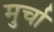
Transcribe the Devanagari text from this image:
मुर्चा